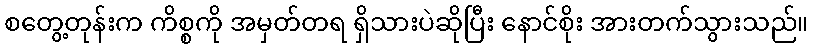
စတွေ့တုန်းက ကိစ္စကို အမှတ်တရ ရှိသားပဲဆိုပြီး နောင်စိုး အားတက်သွားသည်။